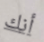
أنك